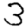
Digit: 3